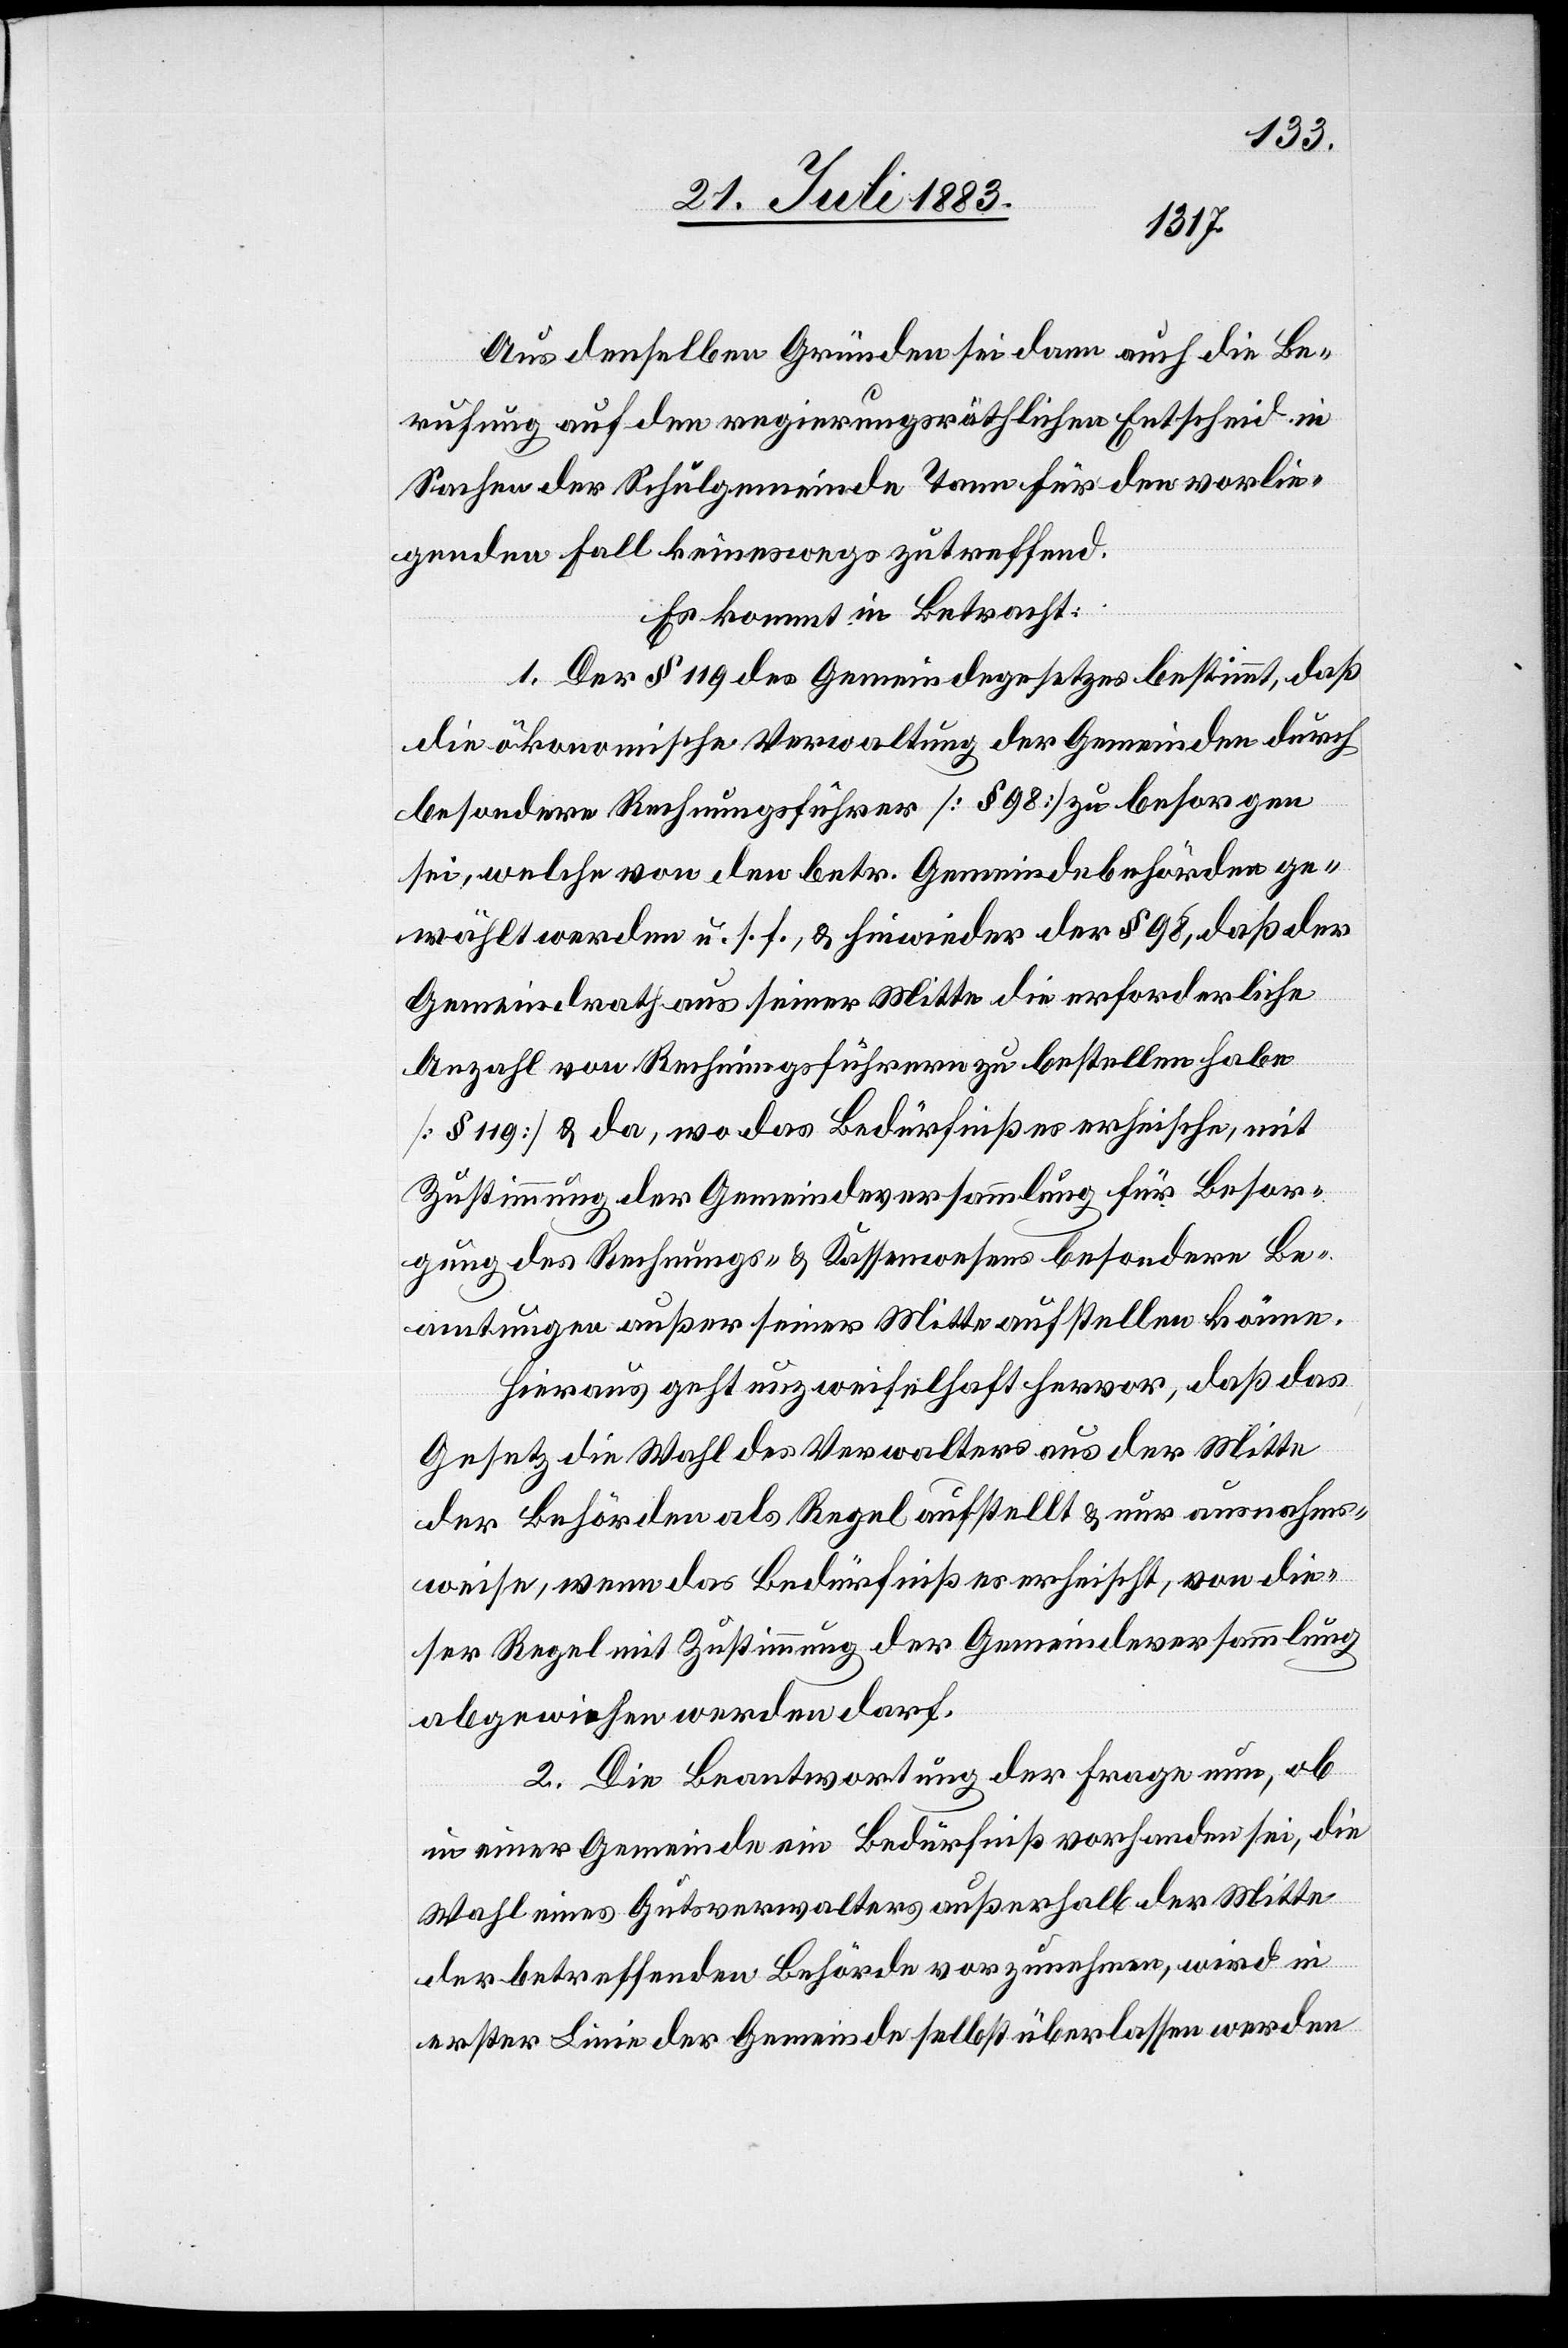
Aus denselben Gründen sei dann auch die Be¬
rufung auf den regierungsräthlichen Entscheid in
Sachen der Schulgemeinde Tann für den vorlie¬
genden Fall keineswegs zutreffend.
Es kommt in Betracht:
1. Der § 119 des Gemeindegesetzes bestimmt, daß
die ökonomische Verwaltung der Gemeinden durch
besondere Rechnungsführer [§ 98] zu besorgen
sei, welche von den betr. Gemeindebehörden ge¬
wählt werden u. s. f., & hiewieder der § 98, daß der
Gemeindrath aus seiner Mitte die erforderliche
Anzahl von Rechnungsführern zu bestellen habe
[§ 119] & da, wo das Bedürfniß es erheische, mit
Zustimmung der Gemeindeversammlung für Besor¬
gung des Rechnungs- & Kassenwesens besondere Be¬
amtungen außer seiner Mitte aufstellen könne.
Hieraus geht unzweifelhaft hervor, daß das
Gesetz die Wahl des Verwalters aus der Mitte
der Behörden als Regel aufstellt & nur ausnahms¬
weise, wenn das Bedürfniß es erheischt, von die¬
ser Regel mit Zustimmung der Gemeindeversammlung
abgewichen werden darf.
2. Die Beantwortung der Frage nun, ob
in einer Gemeinde ein Bedürfniß vorhanden sei, die
Wahl eines Gutsverwalters außerhalb der Mitte
der betreffenden Behörde vorzunehmen, wird in
erster Linie der Gemeinde selbst überlassen werden